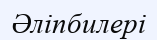
Әліпбилері